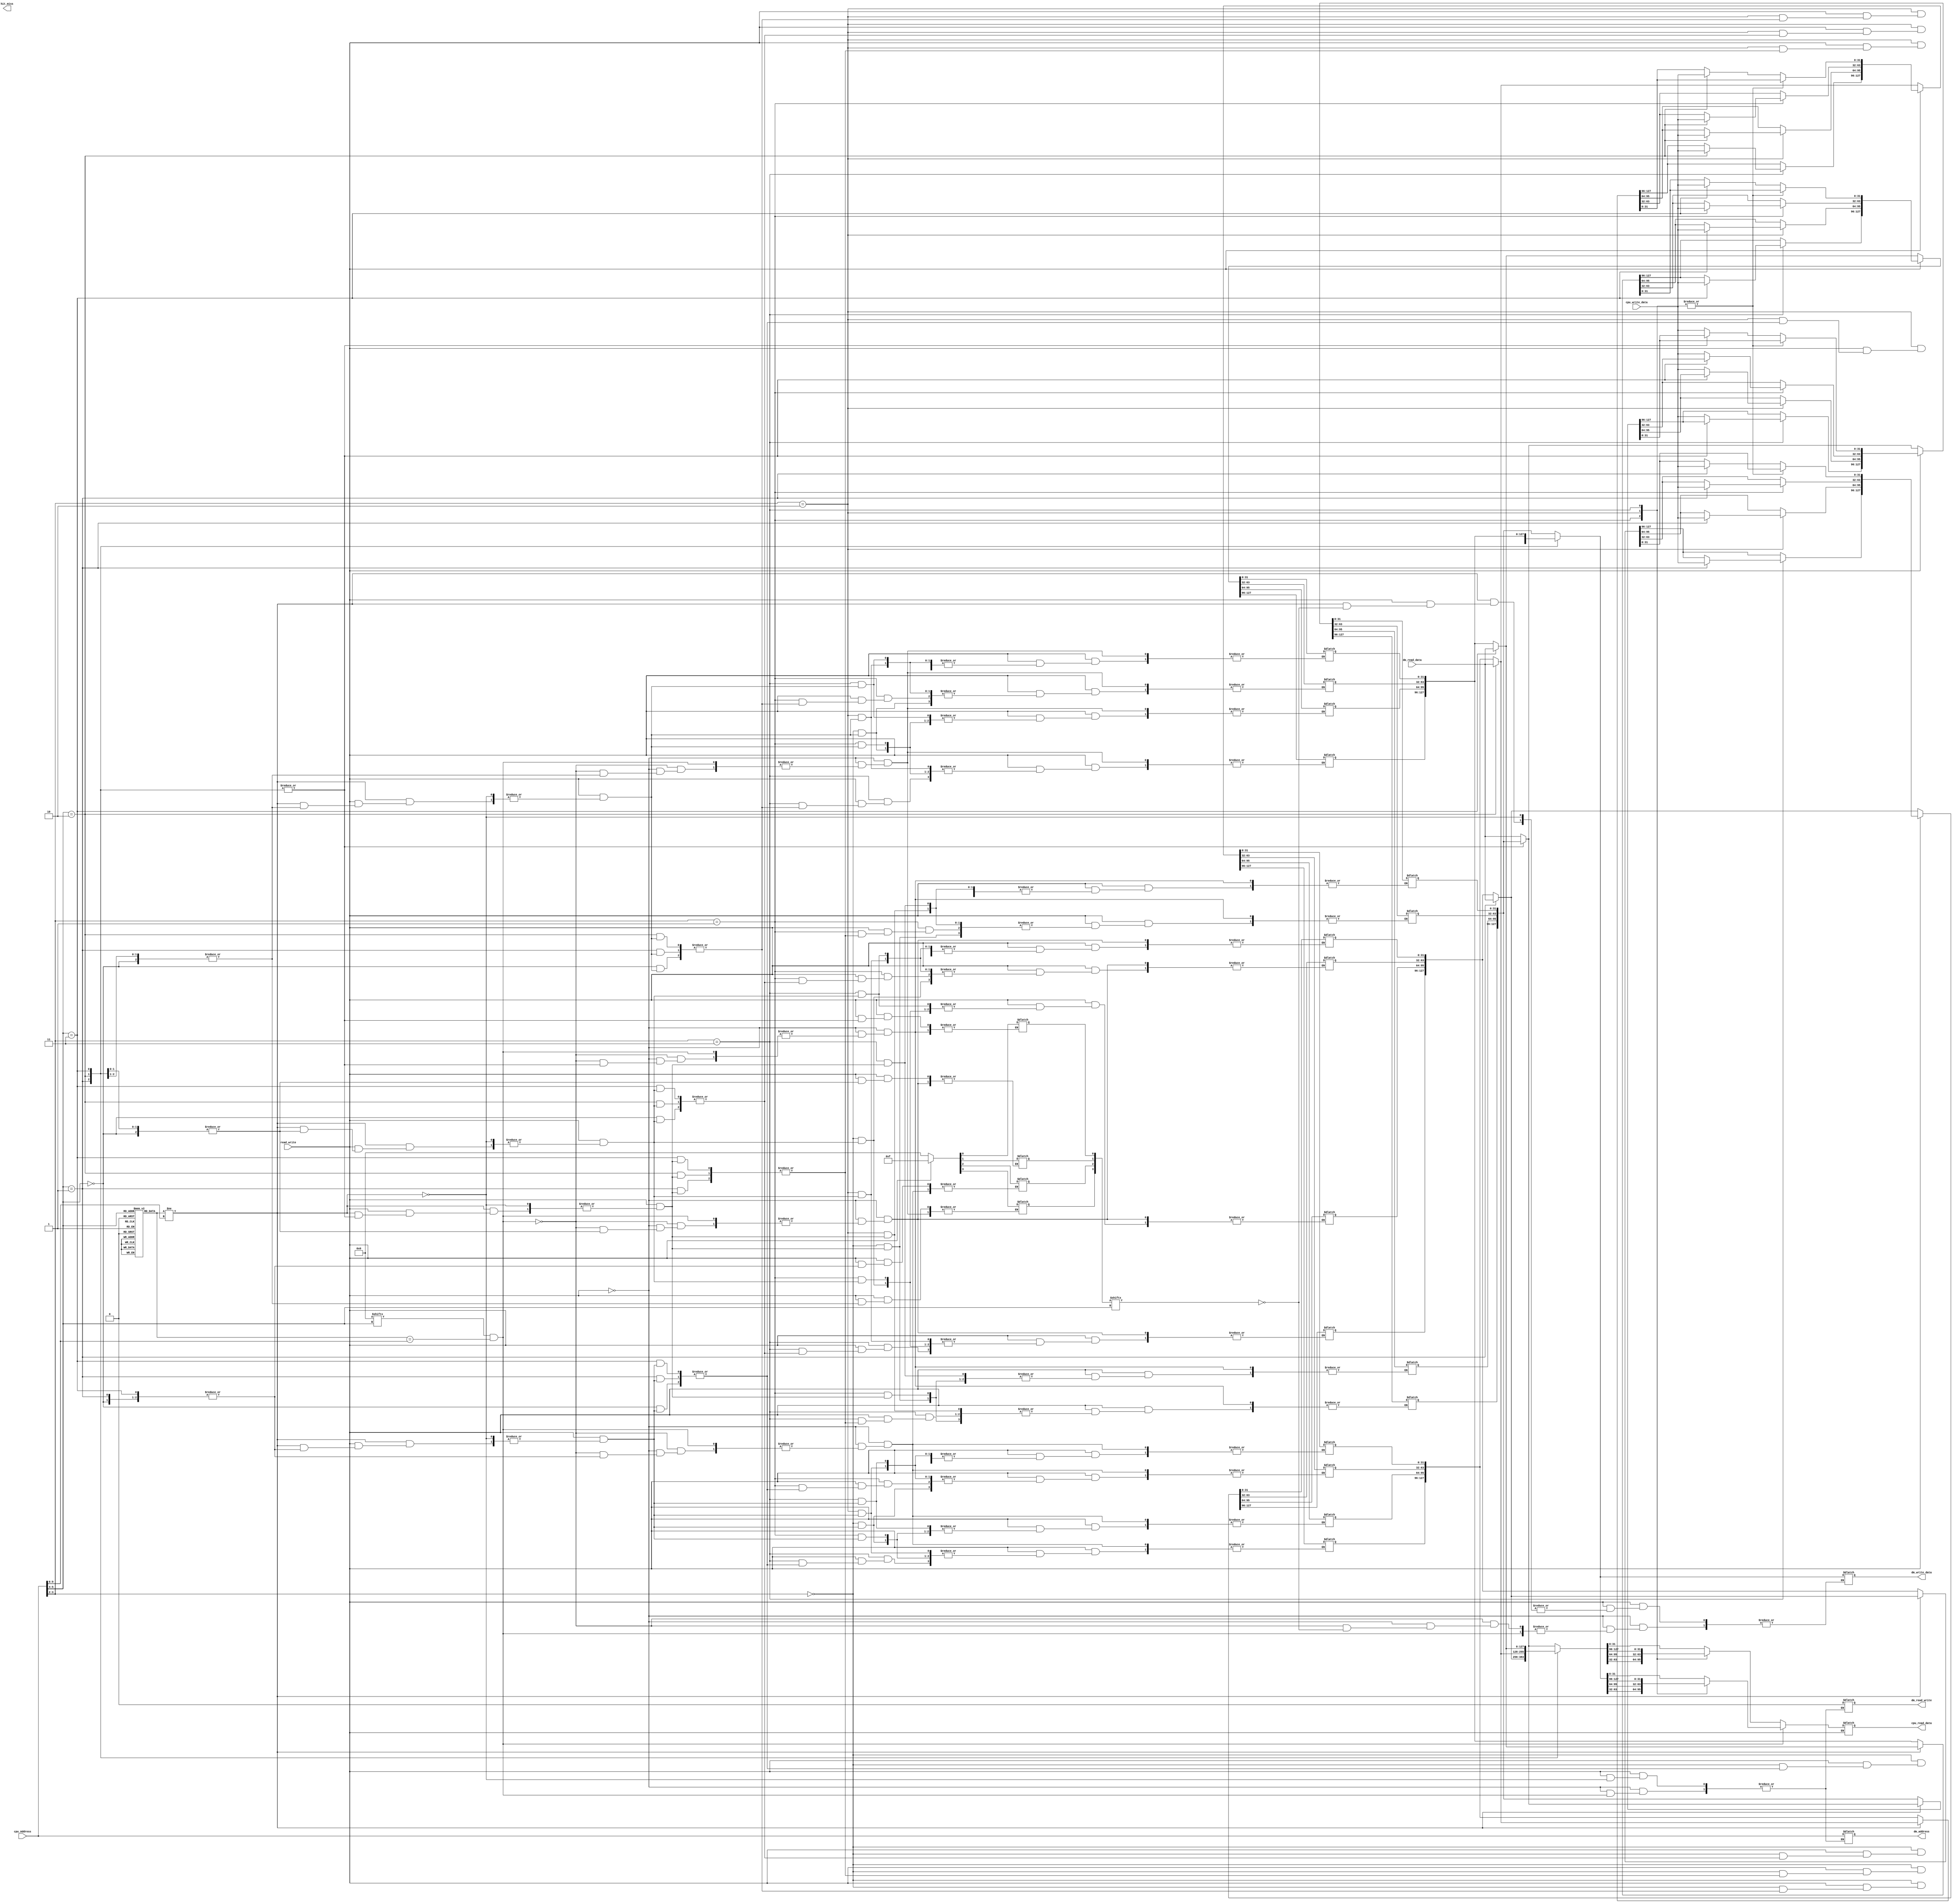
`timescale 1ns / 1ps
//////////////////////////////////////////////////////////////////////////////////
// Company: 
// Engineer: 
// 
// Design Name: 
// Module Name: Cache
// Project Name: 
// Target Devices: 
// Tool Versions: 
// Description: 
// 
// Dependencies: 
// 
// Revision:
// Revision 0.01 - File Created
// Additional Comments:
// 
//////////////////////////////////////////////////////////////////////////////////


module Cache_writeback_DM(
input read_write,//write 1, read 0
input[9:0] cpu_Address,
input[31:0] cpu_write_data,
input[127:0] dm_read_data,
output reg[127:0] dm_write_data,
output reg[31:0] cpu_read_data,
output reg[9:0] dm_address,
output reg hit_miss,
output reg dm_read_write
// read_write: 0 for read, 1 for write
// Address: 10 bits byte address
// write_data: 32 bits value (8 bits are enough for this project demo)
// keep track of the output of your (cache+memory) block, which are read_data and hit_miss
// also please find a way to show the content of the main memory
    );
 reg[127:0] cache[3:0];
 reg[3:0] cache_Tag[3:0];
 reg[3:0] cache_V;
 reg[3:0] cache_D;
 wire[3:0] tag;
 wire[1:0] c_block_address;//4 blocks
 wire[1:0] word;//4 word in a block
 assign tag=cpu_Address[9:6];
 assign c_block_address=cpu_Address[5:4];
 assign word=cpu_Address[3:2];
 initial begin
    cache_V=4'b0;
    cache_D=4'b0;
 end
 always@(*) begin
    if(read_write==0)begin//read
        if(cache_V[c_block_address]==1&&cache_Tag[c_block_address]==tag)begin//cache hit
            case(word)
            2'b00: cpu_read_data=cache[c_block_address][31:0];
            2'b01: cpu_read_data=cache[c_block_address][63:32];
            2'b10: cpu_read_data=cache[c_block_address][95:64];
            2'b11: cpu_read_data=cache[c_block_address][127:96];
            endcase
        end else begin
            if(cache_D[c_block_address]==1)begin// dirty  has extra step          
                dm_read_write=1;//write back
                dm_write_data=cache[c_block_address];
            end
            dm_read_write=0;//read in from dm
            dm_address=cpu_Address;
            cache[c_block_address]=dm_read_data;
            cache_D[c_block_address]=0;     
            case(word)
                 2'b00: cpu_read_data=cache[c_block_address][31:0];
                 2'b01: cpu_read_data=cache[c_block_address][63:32];
                 2'b10: cpu_read_data=cache[c_block_address][95:64];
                 2'b11: cpu_read_data=cache[c_block_address][127:96];
            endcase            
        end
    end
    else//write data
    begin
        if(cache_Tag[c_block_address]!=tag)begin//not hit
            if(cache_D[c_block_address]==1)// dirty  has extra step 
            begin
                  dm_read_write=1;//write back
                  dm_write_data=cache[c_block_address];         
            end
            dm_read_write=0;//read data from dm
            dm_address=cpu_Address;
            cache[c_block_address]=dm_read_data;
        end
        case(word)//write into block
             2'b00: cache[c_block_address][31 :0 ]=cpu_write_data;
             2'b01: cache[c_block_address][63 :32]=cpu_write_data;
             2'b10: cache[c_block_address][95 :64]=cpu_write_data;
             2'b11: cache[c_block_address][127:96]=cpu_write_data;
        endcase       
        cache_D[c_block_address]=1;//mark as dirty
    end
  end
endmodule